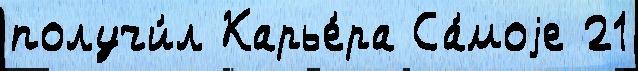
получи́л Карье́ра Са́моjе 21